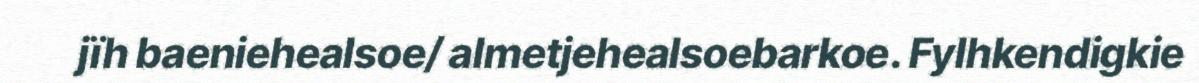
jïh baeniehealsoe/ almetjehealsoebarkoe. Fylhkendigkie